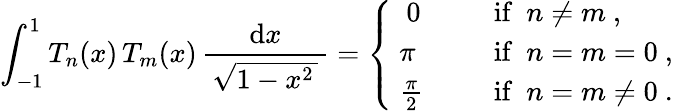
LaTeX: \int_{-1}^{1}T_{n}(x)\, T_{m}(x)\, {\frac{\mathrm{d}x}{\, {\sqrt{1-x^{2}\, }}\, }}={\left\{ \begin{array}{ll}{~~0\quad}&{~{\mathrm{~if~}}~n\neq m~,}\\ {\ \pi\quad}&{~{\mathrm{~if~}}~n=m=0~,}\\ {\ {\frac{\pi}{2}}\quad}&{~{\mathrm{~if~}}~n=m\neq 0~.}\end{array}\right.}